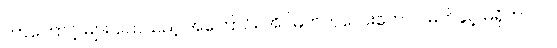
ဘာကြောင့် များ သေသည့် အကြောင်း အိပ်မက်ကလေးတောင် မက်ခွင့် မရှိတာလဲ။